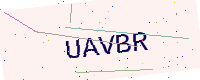
Text: UAVBR